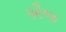
ઐજ